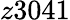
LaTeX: z3041